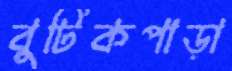
বুটিকপাড়া